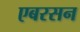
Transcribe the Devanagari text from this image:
एबरसन